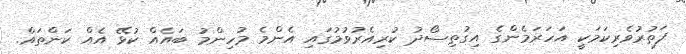
ފަތުރުވެރިކަމަކީ އަހަރަމެންގެ އިގުތިސޯދު ކުރިއެރުވުމުގައި އެންމެ މުހިންމު ބައެއް ކުޅޭ އެއް ކަންތައް.